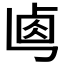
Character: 𠧷